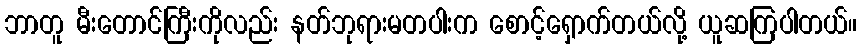
ဘာတူ မီးတောင်ကြီးကိုလည်း နတ်ဘုရားမတပါးက စောင့်ရှောက်တယ်လို့ ယူဆကြပါတယ်။